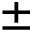
\pm